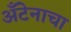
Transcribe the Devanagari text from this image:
अँटेनाचा